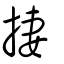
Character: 捿